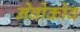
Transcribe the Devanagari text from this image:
नेबोकोव